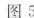
图5